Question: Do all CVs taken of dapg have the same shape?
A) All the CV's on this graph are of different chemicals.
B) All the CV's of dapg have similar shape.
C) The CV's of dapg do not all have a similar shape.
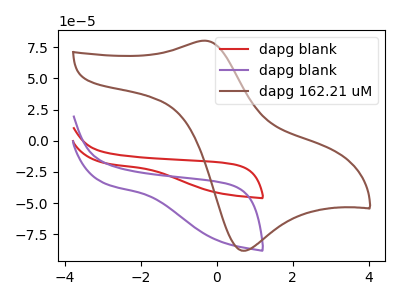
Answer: <think>The red curve "dapg blank" has no peaks. The purple curve "dapg blank" has no peaks. The brown curve "dapg 162.21 uM" has an anodic peak at (-0.30V, 80.30uA) and a cathodic peak at (0.75V, -88.10uA).
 Neither "dapg blank" or "dapg blank" have any peaks. "dapg blank" and "dapg 162.21 uM" have a different number of peaks. "dapg blank" and "dapg 162.21 uM" have a different number of peaks.</think>
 <answer>B) All the CV's of "dapg" have similar shape.</answer>
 <eval>B</eval>